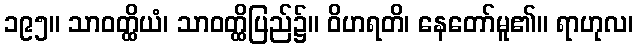
၁၉၅။ သာဝတ္ထိယံ၊ သာဝတ္ထိပြည်၌။ ဝိဟရတိ၊ နေတော်မူ၏။ ရာဟုလ၊